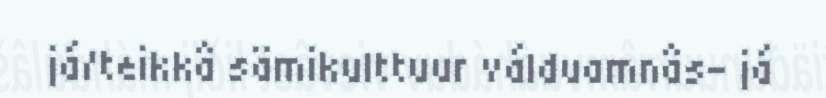
já/teikkâ sämikulttuur válduamnâs- já